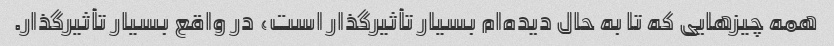
همه چیزهایی که تا به حال دیده‌ام بسیار تأثیرگذار است، در واقع بسیار تأثیرگذار.